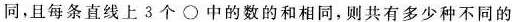
同，且每条直线上3个\circ中的数的和相同，则共有多少种不同的